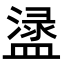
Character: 𥂖